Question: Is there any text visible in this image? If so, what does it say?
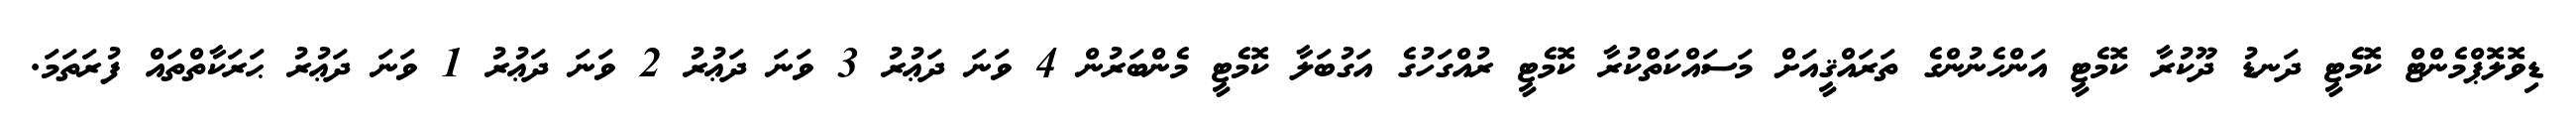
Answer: ޑިވޮލޮޕްމެންޓް ކޮމެޓީ ދަނޑު ދޫކުރާ ކޮމެޓީ އަންހެނުންގެ ތަރައްޤީއަށް މަސައްކަތްކުރާ ކޮމެޓީ ރުއްގަހުގެ އަގުބަލާ ކޮމެޓީ މެންބަރުން 4 ވަނަ ދަޢުރު 3 ވަނަ ދަޢުރު 2 ވަނަ ދަޢުރު 1 ވަނަ ދަޢުރު ޙަރަކާތްތައް ފުރަތަމަ.